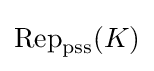
\operatorname {Rep} _{\mathrm {pss} }(K)